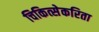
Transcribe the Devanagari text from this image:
चिकित्सेकरिता